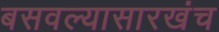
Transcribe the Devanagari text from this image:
बसवल्यासारखंच